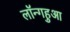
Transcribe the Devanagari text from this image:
लॉन्गहुआ